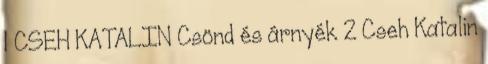
1 CSEH KATALIN Csönd és árnyék 2 Cseh Katalin